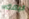
الياقة